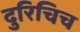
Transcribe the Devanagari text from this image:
दुरिचिच